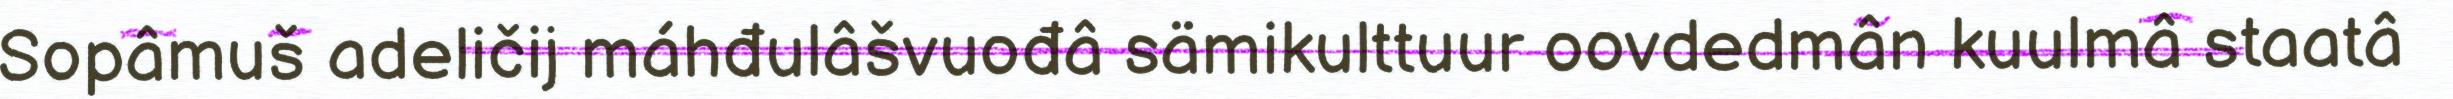
Sopâmuš adeličij máhđulâšvuođâ sämikulttuur oovdedmân kuulmâ staatâ